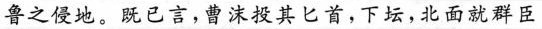
鲁之侵地。既已言，曹沫投其匕首，下坛，北面就群臣